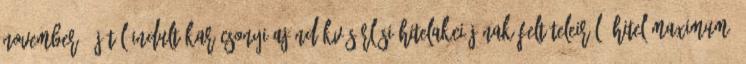
november 1-jétõl indult KARÁCSONYI AJÁNDÉKVÁSÁRLÁSI HITELAKCIÓJÁNAK FELTÉTELEIRÕL: Hitel maximum: